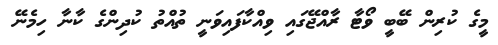
މީގެ ކުރިން ބޭބީ ވޯޓާ ރާއްޖޭގައި ވިއްކާފައިވަނީ ތުއްތު ކުދިންގެ ކާނާ ހިމެނޭ